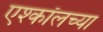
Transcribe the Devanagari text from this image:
एश्कॉलच्या